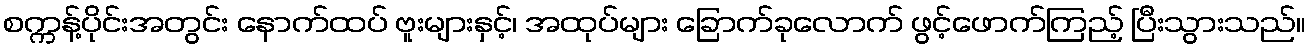
စက္ကန့်ပိုင်းအတွင်း နောက်ထပ် ဗူးများနှင့်၊ အထုပ်များ ခြောက်ခုလောက် ဖွင့်ဖောက်ကြည့် ပြီးသွားသည်။